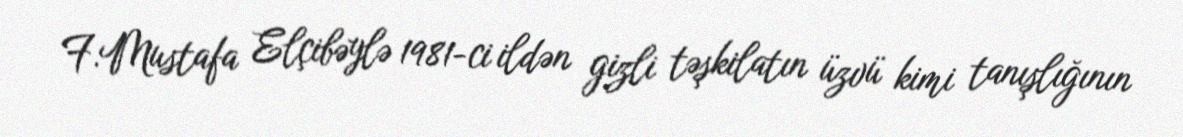
F.Mustafa Elçibəylə 1981-ci ildən gizli təşkilatın üzvü kimi tanışlığının